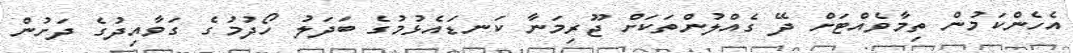
އެހެންކަމުން ތިމާވެއްޓަށް ދޭ ގެއްލުންތަކަށް ޖޫރިމަނާ ކަނޑައެޅުމުގެ ބަދަލު ހޯދުމުގެ ގަވާއިދުގެ ދަށުން